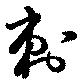
刺